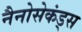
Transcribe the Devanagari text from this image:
नैनोसेकंड्स